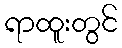
ရာထူးတွင်